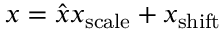
x = { \hat { x } } x _ { \mathrm { s c a l e } } + x _ { \mathrm { s h i f t } }